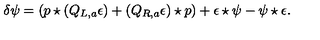
\delta \psi = ( p \star ( Q _ { L , a } \epsilon ) + ( Q _ { R , a } \epsilon ) \star p ) + \epsilon \star \psi - \psi \star \epsilon .